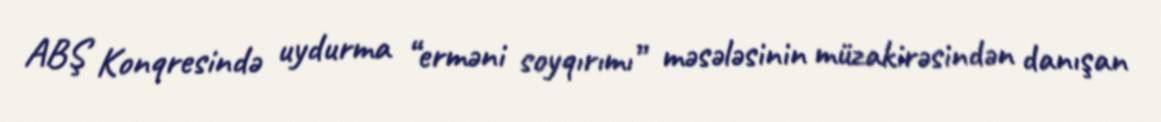
ABŞ Konqresində uydurma “erməni soyqırımı” məsələsinin müzakirəsindən danışan